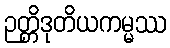
ဉတ္တိဒုတိယကမ္မဿ